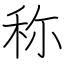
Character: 称